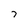
Character: 7